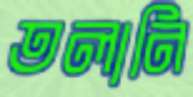
তলানি